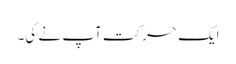
ایک حرکت آپ نے کی۔